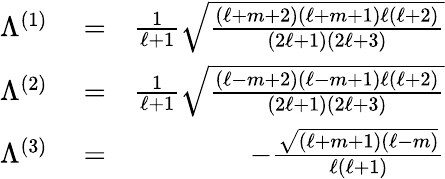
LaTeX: \begin{array}{rlr}{\Lambda^{(1)}}&{{}=}&{\frac 1{\ell+1}\sqrt{\frac{(\ell+m+2)(\ell+m+1)\ell(\ell+2)}{(2\ell+1)(2\ell+3)}}}\\ {\Lambda^{(2)}}&{{}=}&{\frac 1{\ell+1}\sqrt{\frac{(\ell-m+2)(\ell-m+1)\ell(\ell+2)}{(2\ell+1)(2\ell+3)}}}\\ {\Lambda^{(3)}}&{{}=}&{-\frac{\sqrt{(\ell+m+1)(\ell-m)}}{\ell(\ell+1)}}\end{array}